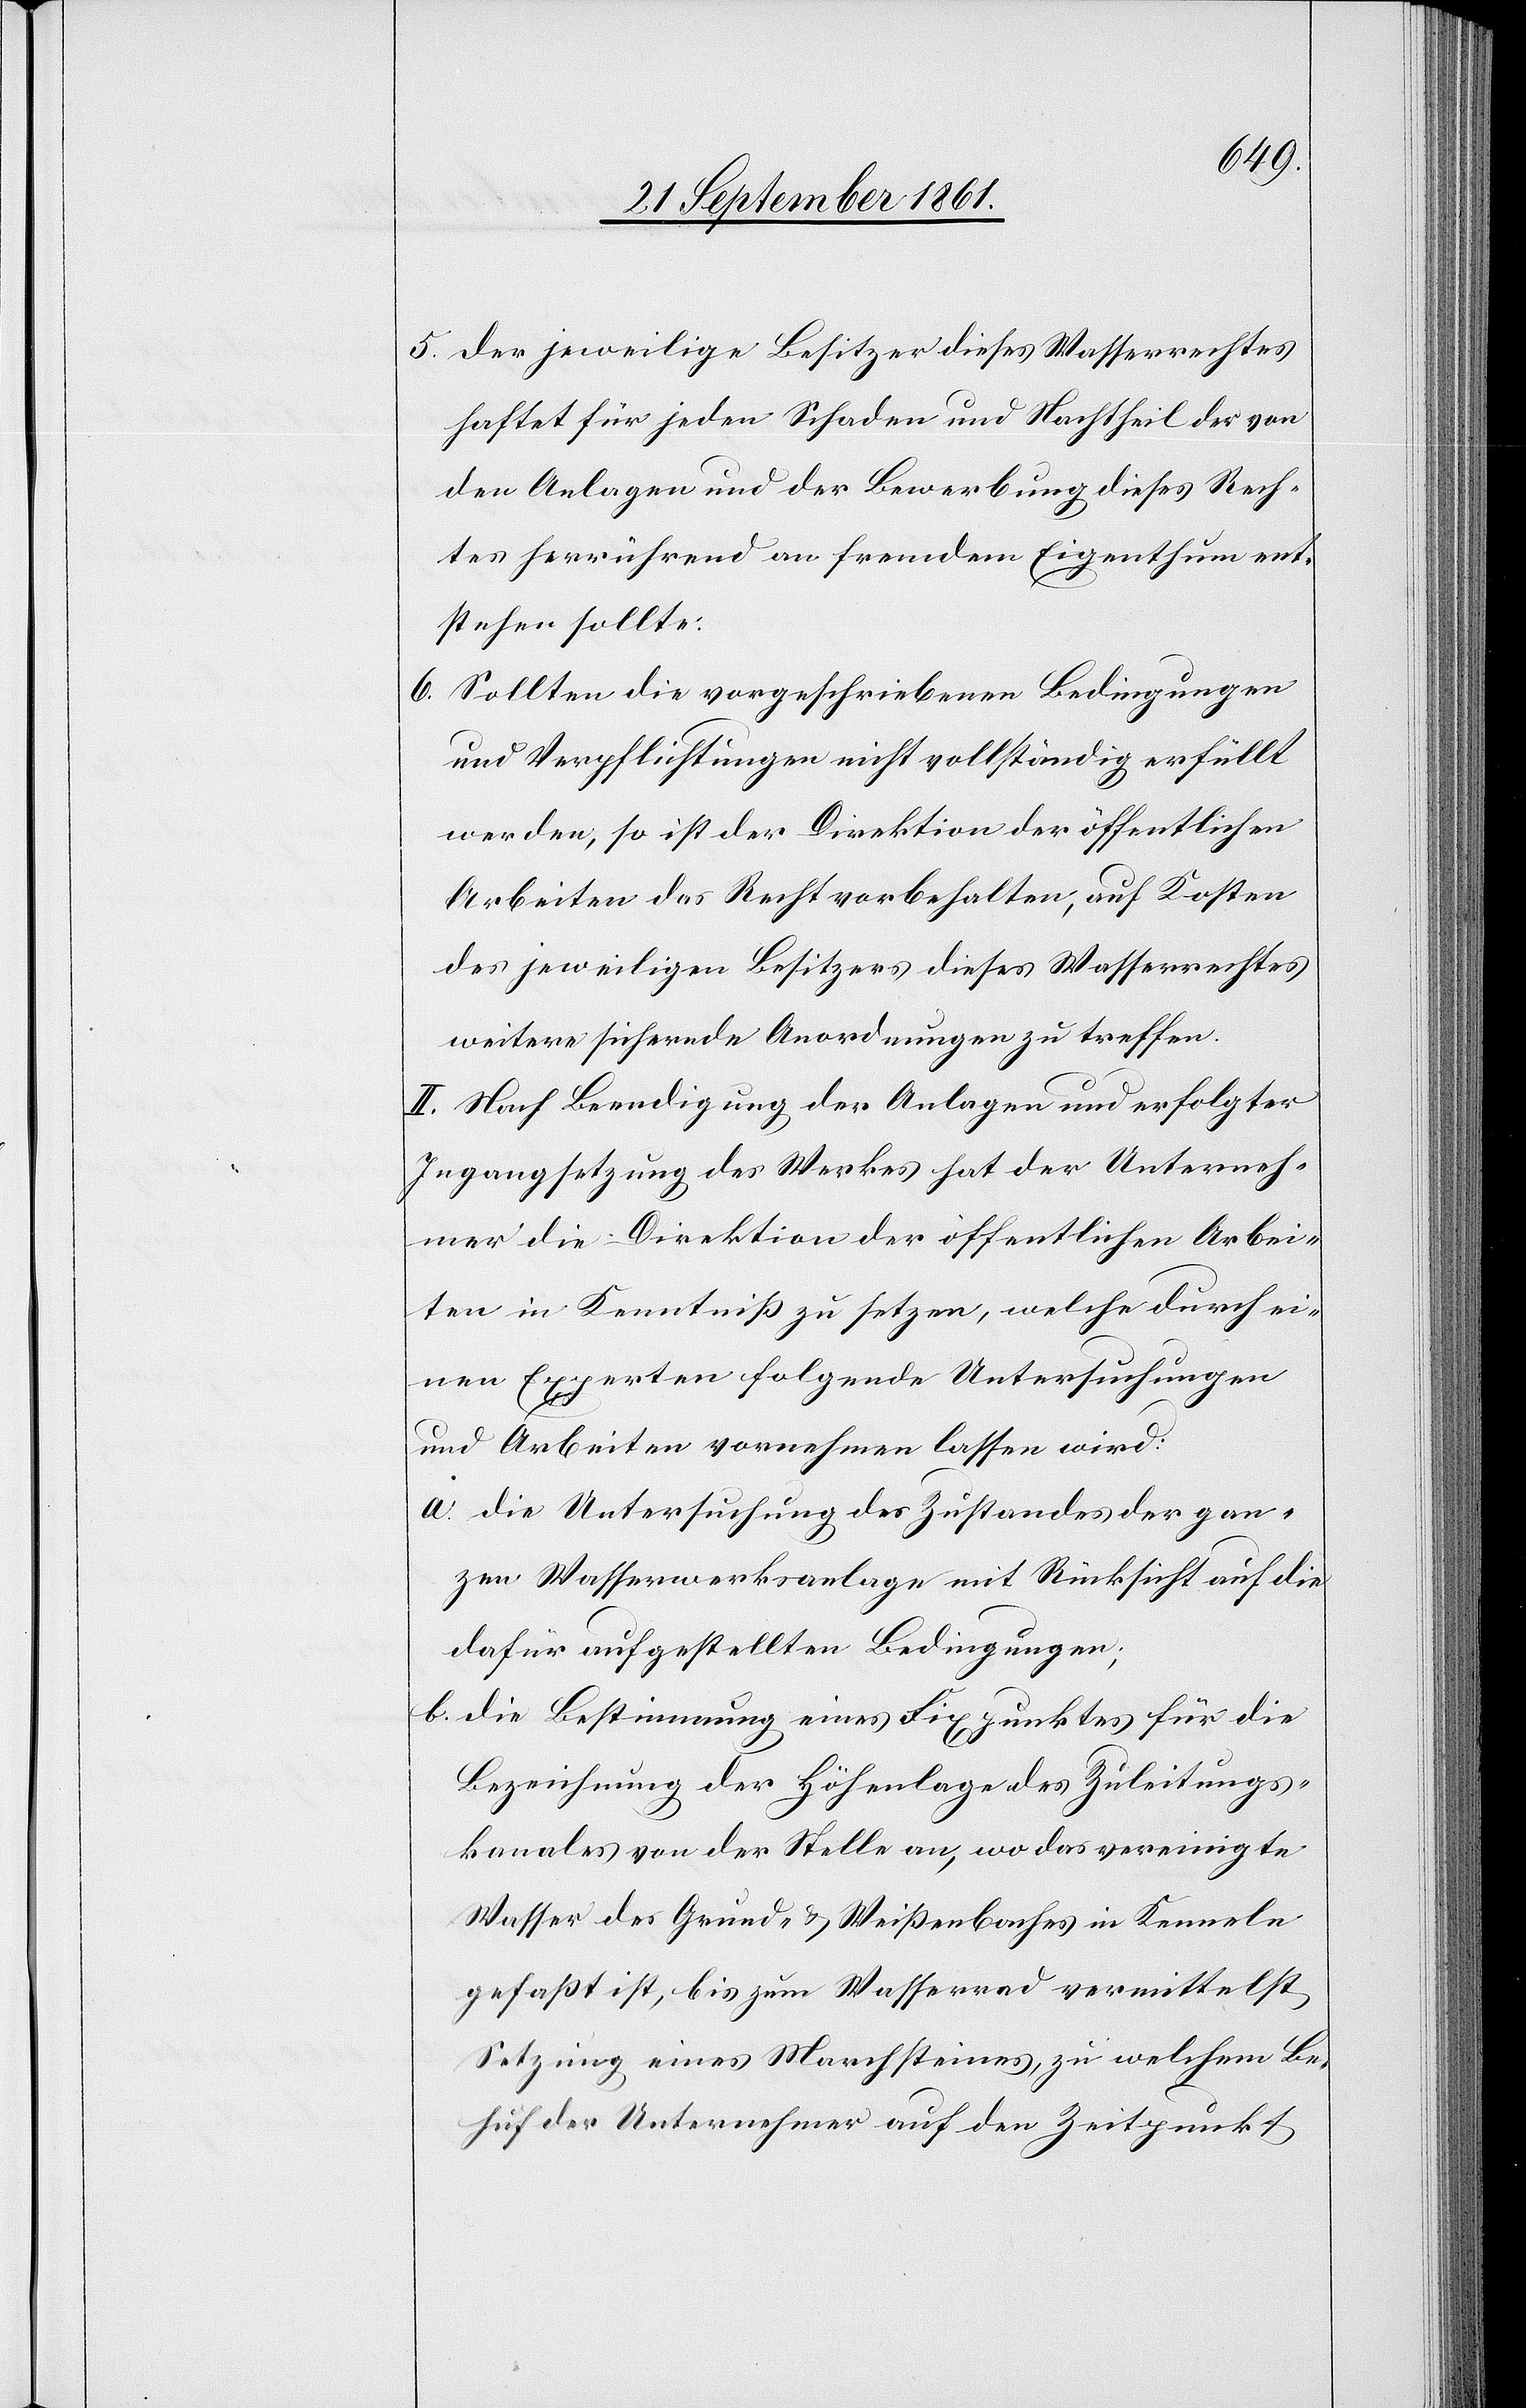
5. Der jeweilige Besitzer dieses Wasserrechtes
haftet für jeden Schaden und Nachtheil der von
den Anlagen und der Bewerbung dieses Rech¬
tes herrührend an fremdem Eigenthum ent¬
stehen sollte.
6. Sollten die vorgeschriebenen Bedingungen
und Verpflichtungen nicht vollständig erfüllt
werden, so ist der Direktion der öffentlichen
Arbeiten das Recht vorbehalten, auf Kosten
des jeweiligen Besitzers dieses Wasserrechtes
weitere sichernde Anordnungen zu treffen.
II. Nach Beendigung der Anlagen und erfolgter
Ingangsetzung des Werkes hat der Unterneh¬
mer die Direktion der öffentlichen Arbei¬
ten in Kenntniß zu setzen, welche durch ei¬
nen Experten folgende Untersuchungen
und Arbeiten vornehmen lassen wird:
a. die Untersuchung des Zustandes der gan¬
zen Wasserwerksanlage mit Rücksicht auf die
dafür aufgestellten Bedingungen;
b. die Bestimmung eines Fixpunktes für die
Bezeichnung der Höhenlage des Zuleitungs¬
kanales von der Stelle an, wo das vereinigte
Wasser des Grund- u. Weißenbaches in Kenneln
gefaßt ist, bis zum Wasserrad vermittelst
Setzung eines Marchsteines, zu welchem Be¬
huf der Unternehmer auf den Zeitpunkt